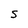
Character: S